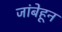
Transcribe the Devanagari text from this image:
जांबेहून